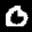
Label: 0